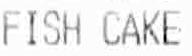
FISH CAKE